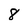
Character: 8